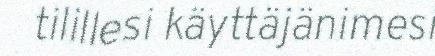
tilillesi käyttäjänimesi